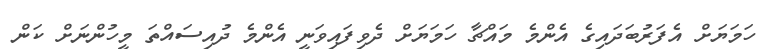
ހަމަޔަށް އެފަރުބަދައިގެ އެންމެ މައްޗާ ހަމަޔަށް ދެވިފައިވަނީ އެންމެ ދުއިސައްތަަ މީހުންނަށް ކަން